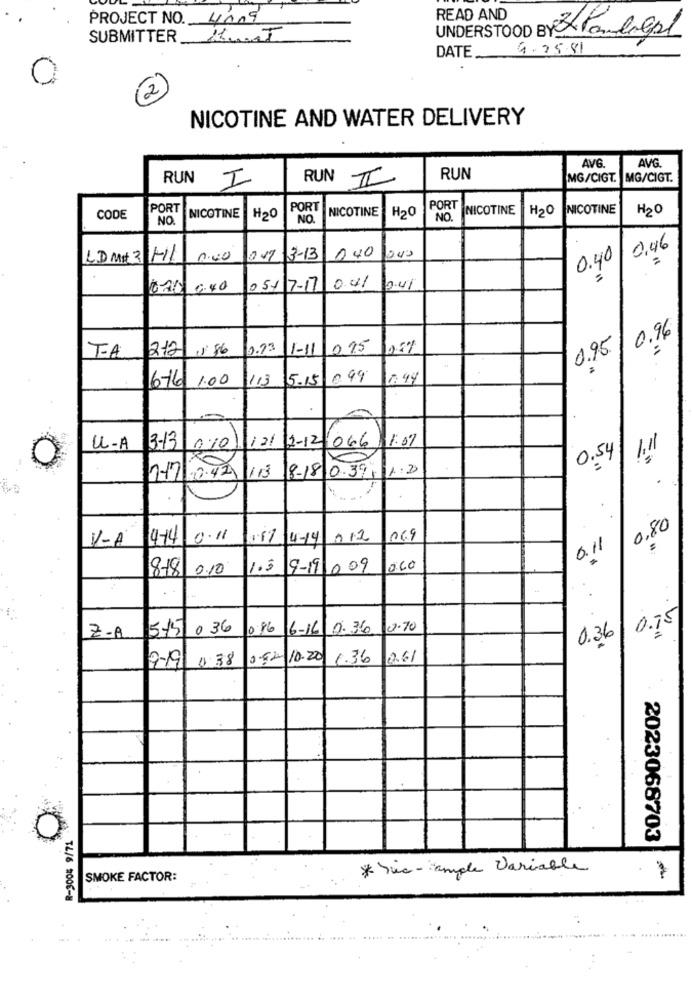
PROJECT NO. 4009
READ AND
SUBMITTER KUT
UNDERSTOOD BY Pancreat
DATE
4-25.81
12
NICOTINE AND WATER DELIVERY
AVG.
AVG
RUN
I
RUN II
RUN
MG/CIGT. MG/CIGT.
PORT
NICOTINE
PORT
NICOTINE
H20
PORT
NICOTINE
H20
NICOTINE
H20
CODE
NO.
H2O
NO
NO.
0.46
L.DM# 3 11
0.40
0 17 3-13
040
0.40
GAR 0.40
0517-17
0.41
2.41
0.96
T-A
212
. 86
2.93
1-11
015
0.95
113
5.15
0,99
0.99
676 1.00
3-13
11.07
U-A
0.10/12/ 2-12/066
0.54| !!
18-18 0.39- 11:3
747 -0.42 113
0,80
V-A
4-14
0 . 11
1.67 4-14 012
069
0.11
8-18 0.10
1.5 9-19 009
060
515
0 36
0.86
6-16 0.36
0.70
0.75
Z.A
0.36
9-19
0.38
0.52 10.20
1.36
2.61
2023068703
* Suc -angle Variable
SMOKE FACTOR:
TL/6 2006-8